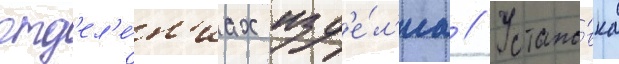
отд'ел'е́н'иах изд'е́л'иа // Устано́вка